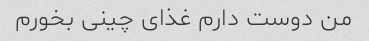
من دوست دارم غذای چینی بخورم